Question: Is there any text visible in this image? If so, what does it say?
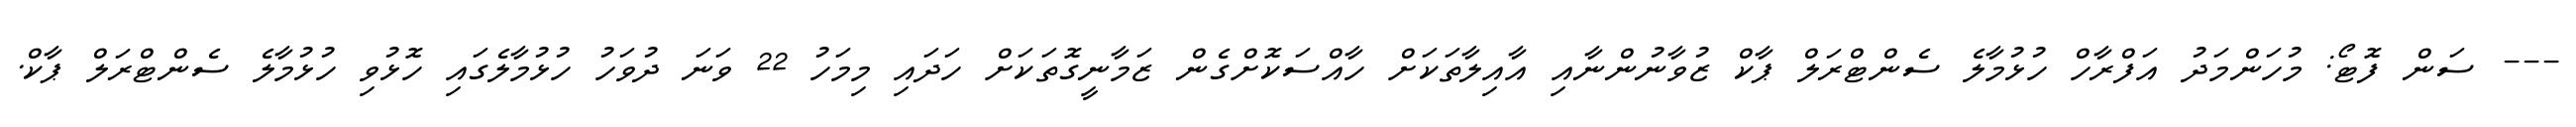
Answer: --- ސަން ފޮޓޯ: މުހަންމަދު އަފްރާހް ހުޅުމާލެ ސެންޓްރަލް ޕާކް ޒުވާނުންނާއި އާއިލާތަކަށް ހާއްސަކޮށްގެން ޒަމާނީގޮތަކަށް ހަދައި މިމަހު 22 ވަނަ ދުވަހު ހުޅުމާލެގައި ހޮޅުވި ހުޅުމާލެ ސެންޓްރަލް ޕާކް.